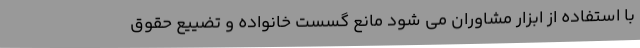
با استفاده از ابزار مشاوران می شود مانع گسست خانواده و تضییع حقوق